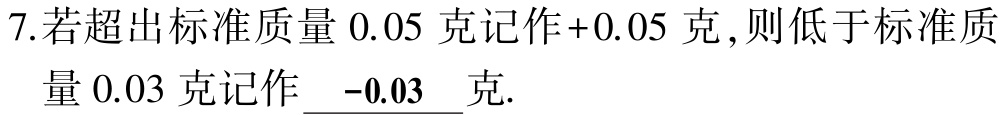
7.若超出标准质量 \(0.05\) 克记作\(+0.05\) 克，则低于标准质量 \(0.03\) 克记作 \(-0.03\) 克.